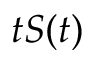
t S ( t )